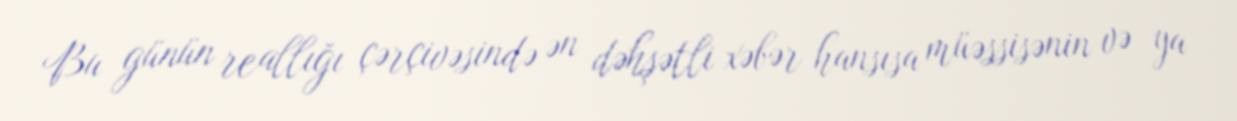
Bu günün reallığı çərçivəsində ən dəhşətli xəbər hansısa müəssisənin və ya